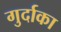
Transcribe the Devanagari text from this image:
गुर्दाका